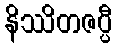
နိဿိတဇပ္ပီ